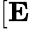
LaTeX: [\mathbf{E}